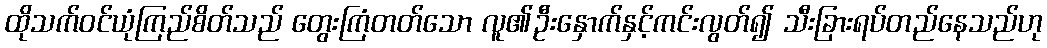
ထိုသက်ဝင်ယုံကြည်စိတ်သည် တွေးကြံတတ်သော လူ၏ဦးနှောက်နှင့်ကင်းလွတ်၍ သီးခြားရပ်တည်နေသည်ဟု